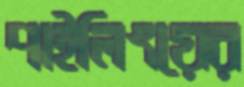
পাইলিংয়ের